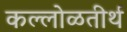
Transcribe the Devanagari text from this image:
कल्लोळतीर्थ